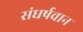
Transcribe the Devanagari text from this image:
संघर्षवान